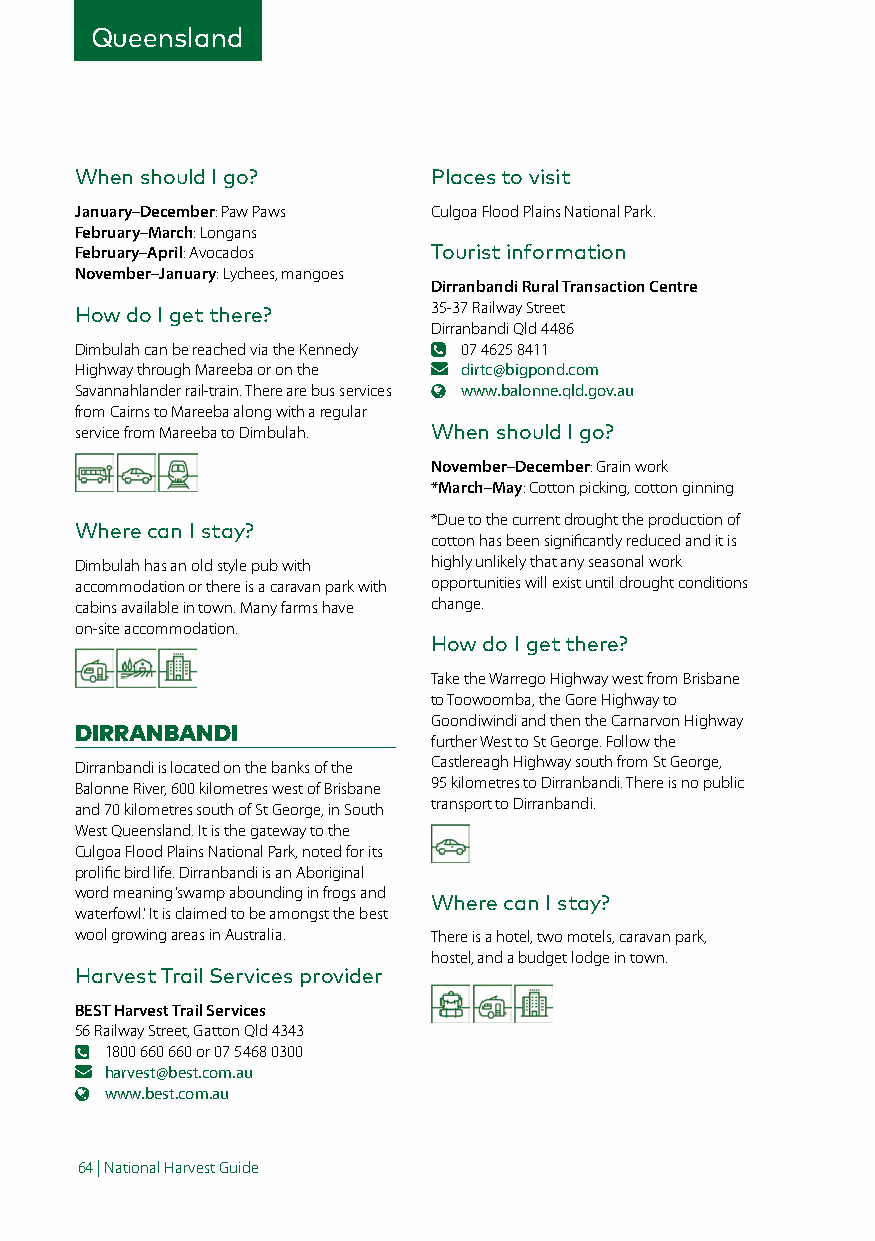
Queensland
 When should I go?       Places to visit
 January–December: Paw Paws Culgoa Flood Plains National Park.
 February–March: Longans
 February–April: Avocados Tourist information
 November–January: Lychees, mangoes
 Dirranbandi Rural Transaction Centre
 How do I get there?     35-37 Railway Street
 Dirranbandi Qld 4486
 Dimbulah can be reached via the Kennedy 07 4625 8411
 Highway through Mareeba or on the dirtc@bigpond.com
 Savannahlander rail-train. There are bus services www.balonne.qld.gov.au
 from Cairns to Mareeba along with a regular
 service from Mareeba to Dimbulah. When should I go?
 November–December: Grain work
 *March–May: Cotton picking, cotton ginning
 *Due to the current drought the production of
 Where can I stay?
 cotton has been significantly reduced and it is
 Dimbulah has an old style pub with highly unlikely that any seasonal work
 accommodation or there is a caravan park with opportunities will exist until drought conditions
 cabins available in town. Many farms have change.
 on-site accommodation.
 How do I get there?
 Take the Warrego Highway west from Brisbane
 to Toowoomba, the Gore Highway to
 Goondiwindi and then the Carnarvon Highway
 DIRRANBANDI
 further West to St George. Follow the
 Dirranbandi is located on the banks of the Castlereagh Highway south from St George,
 Balonne River, 600 kilometres west of Brisbane 95 kilometres to Dirranbandi. There is no public
 and 70 kilometres south of St George, in South transport to Dirranbandi.
 West Queensland. It is the gateway to the
 Culgoa Flood Plains National Park, noted for its
 prolific bird life. Dirranbandi is an Aboriginal
 word meaning ‘swamp abounding in frogs and
 Where can I stay?
 waterfowl’. It is claimed to be amongst the best
 wool growing areas in Australia. There is a hotel, two motels, caravan park,
 hostel, and a budget lodge in town.
 Harvest Trail Services provider
 BEST Harvest Trail Services
 56 Railway Street, Gatton Qld 4343
 1800 660 660 or 07 5468 0300
 harvest@best.com.au
 www.best.com.au
 64 | National Harvest Guide